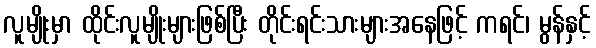
လူမျိုးမှာ ထိုင်းလူမျိုးများဖြစ်ပြီး တိုင်းရင်းသားများအနေဖြင့် ကရင်၊ မွန်နှင့်